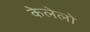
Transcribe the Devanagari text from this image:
केलेलो